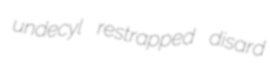
undecyl restrapped disard